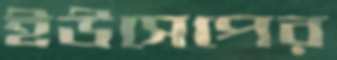
ইউসেপের